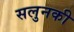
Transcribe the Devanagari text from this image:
सलुनकी